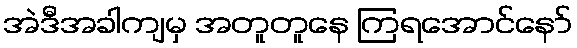
အဲဒီအခါကျမှ အတူတူနေ ကြရအောင်နော်